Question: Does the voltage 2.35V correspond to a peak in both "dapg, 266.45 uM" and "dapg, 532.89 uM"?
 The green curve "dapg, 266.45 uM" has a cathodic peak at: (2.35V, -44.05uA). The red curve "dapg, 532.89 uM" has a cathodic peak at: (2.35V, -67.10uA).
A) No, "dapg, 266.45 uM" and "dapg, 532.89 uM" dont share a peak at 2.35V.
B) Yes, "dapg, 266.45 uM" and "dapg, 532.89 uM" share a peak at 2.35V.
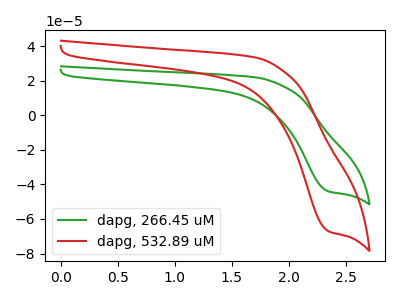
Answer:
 <answer>B) Yes, "dapg, 266.45 uM" and "dapg, 532.89 uM" share a peak at 2.35V.</answer>
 <eval>B</eval>